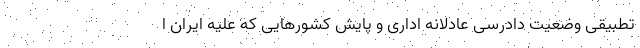
تطبیقی وضعیت دادرسی عادلانه اداری و پایش کشورهایی که علیه ایران ا